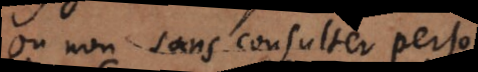
ou non, sans consulter personne;